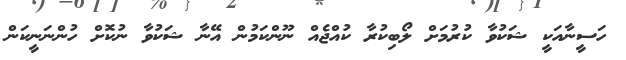
ހަސީނާއަކީ ޝަކުވާ ކުރުމަށް ލޯބިކުރާ ކުއްޖެއް ނޫންކަމުން އޭނާ ޝަކުވާ ނުކޮށް ހުންނަނީކަން